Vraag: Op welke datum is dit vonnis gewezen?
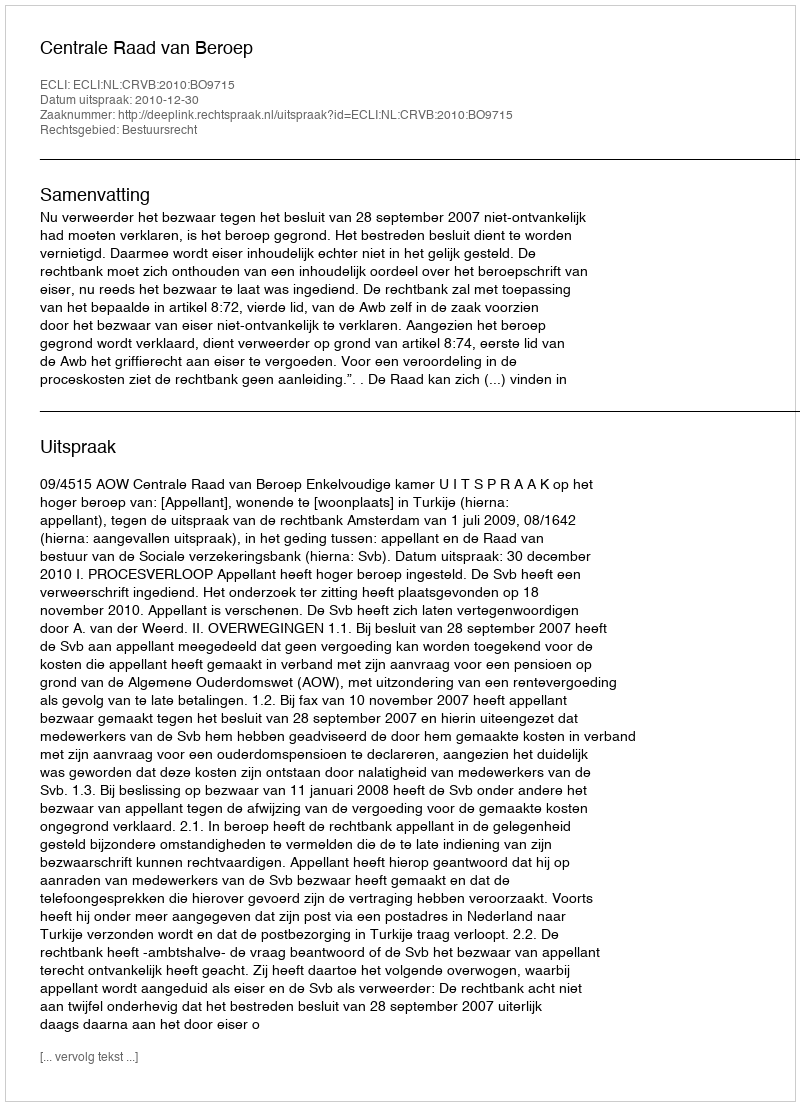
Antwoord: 2010-12-30